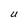
Character: U